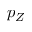
p _ { Z }